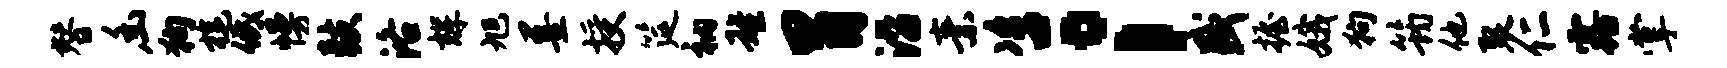
替幽狗旄低幔鼓洛辉旭墨授筵衲雄胃沿素咨；盛握娥狗筠他裂仁露掌